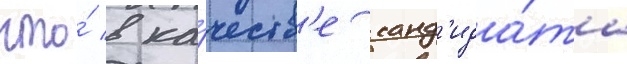
что́ в ка́честв'е канд'ида́та